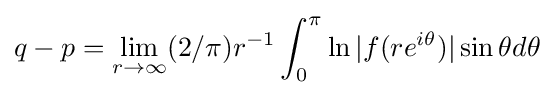
q-p=\lim _{r\to \infty }(2/\pi )r^{-1}\int _{0}^{\pi }\ln |f(re^{i\theta })|\sin \theta d\theta